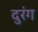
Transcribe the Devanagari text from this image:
दुरंग